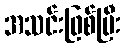
အသင်းဖြစ်ပြီး